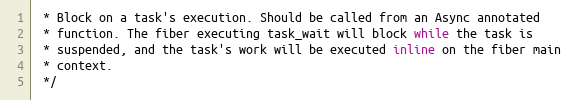
Language: C
 * Block on a task's execution. Should be called from an Async annotated
 * function. The fiber executing task_wait will block while the task is
 * suspended, and the task's work will be executed inline on the fiber main
 * context.
 */